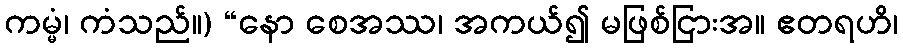
ကမ္မံ၊ ကံသည်။) “နော စေအဿ၊ အကယ်၍ မဖြစ်ငြားအ။ ဧတရဟိ၊